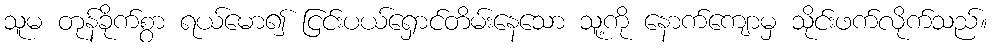
သူမ တုန်ခိုက်စွာ ရယ်မော၍ ငြင်းပယ်ရှောင်တိမ်းနေသော သူ့ကို နောက်ကျောမှ သိုင်းဖက်လိုက်သည်။